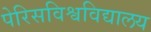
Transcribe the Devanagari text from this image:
पेरिसविश्वविद्यालय